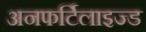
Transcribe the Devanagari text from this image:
अनफर्टिलाइज्ड